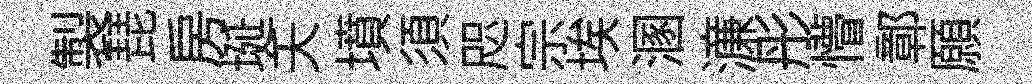
製琵房埏夭墳須咫宗埃溷濓彤懵鄣願